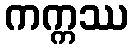
ကက္ကဿ